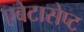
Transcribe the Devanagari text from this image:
एबेटासेप्ट